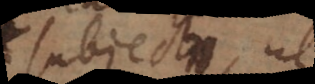
subjecto, ut